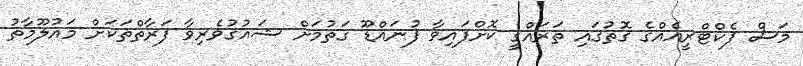
މަސް ފެކްޓްރީއެއްގެ ގޮތުގައި ތަރައްގީ ކޮށްފައިވާ ފުނައްޑޫ ގަތުމަށް ޝައުގުވެރިވާ ފަރާތްތަކަށް މައުލޫމާތު